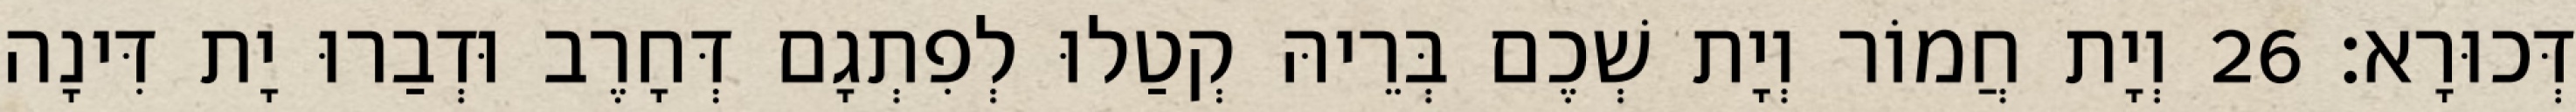
דְּכוּרָא׃ 26 וְיָת חֲמוֹר וְיָת שְׁכֶם בְּרֵיהּ קְטַלוּ לְפִתְגָם דְּחָרֶב וּדְבַרוּ יָת דִּינָה